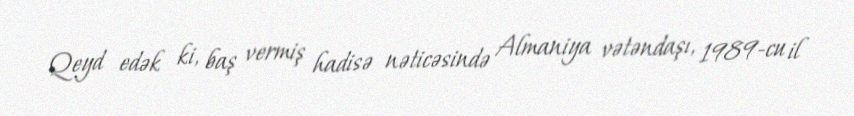
Qeyd edək ki, baş vermiş hadisə nəticəsində Almaniya vətəndaşı, 1989-cu il